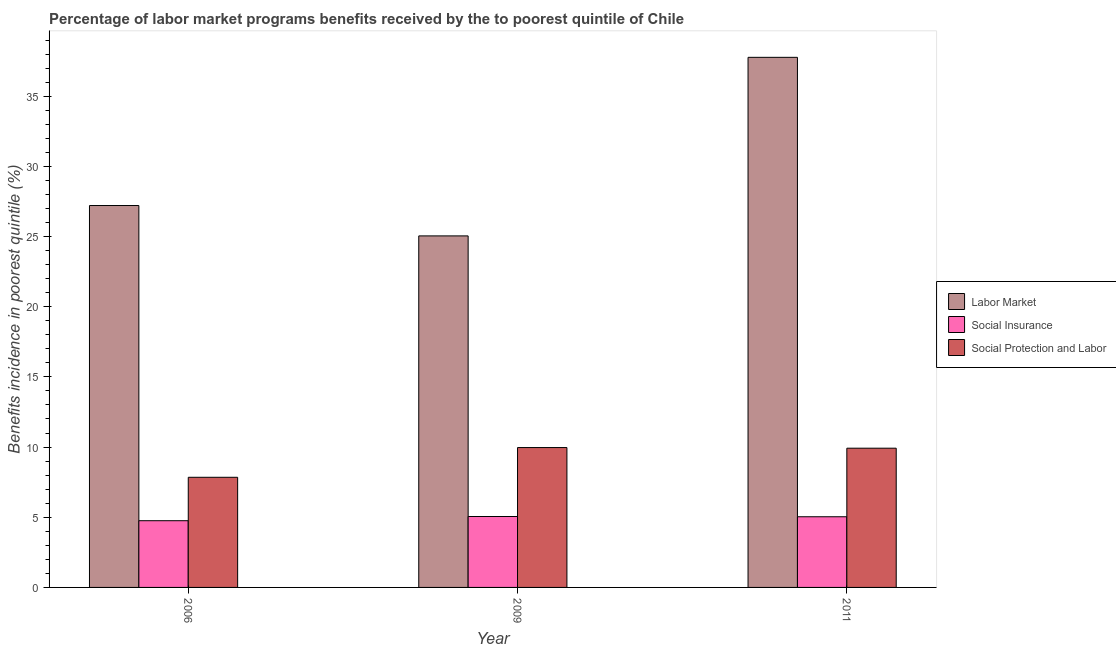
| Year | Labor Market | Social Insurance | Social Protection and Labor |
 | --- | --- | --- | --- |
 | 2006 | 27.2 | 4.75 | 7.85 |
 | 2009 | 25 | 5.05 | 9.97 |
 | 2011 | 37.8 | 5.04 | 9.92 |